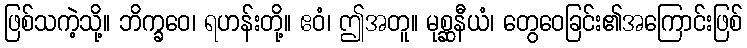
ဖြစ်သကဲ့သို့။ ဘိက္ခဝေ၊ ရဟန်းတို့။ ဧဝံ၊ ဤအတူ။ မုစ္ဆနီယံ၊ တွေဝေခြင်း၏အကြောင်းဖြစ်